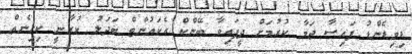
ޑިވިޑެންޑު ފައިސާ ޖަމާ ކުރުމަށް ދީފައިވާ ބޭންކް އެކައުންޓް ބަދަލު ކުރާނީ ކިހިނެއް